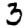
Digit: 3